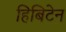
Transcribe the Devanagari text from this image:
हिबिटेन